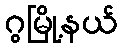
ဂွမြို့နယ်